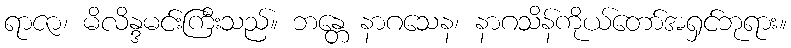
ရာဇာ၊ မိလိန္ဒမင်းကြီးသည်။ ဘန္တေ နာဂသေန၊ နာဂသိန်ကိုယ်တော်အရှင်ဘုရား။